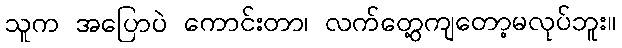
သူက အပြောပဲ ကောင်းတာ၊ လက်တွေ့ကျတော့မလုပ်ဘူး။